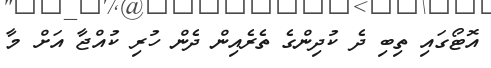
އޮޓޯގައި ތިބި ދެ ކުދިންގެ ތެރެއިން ދެން ހުރި ކުއްޖާ އަށް މާ